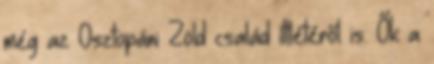
még az Osztopáni Zöld család ittlétéről is. Ők a